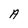
Character: A